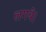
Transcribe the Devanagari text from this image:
लगये।